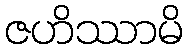
ဇဟိဿာမိ